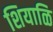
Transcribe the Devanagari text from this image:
शियाळि